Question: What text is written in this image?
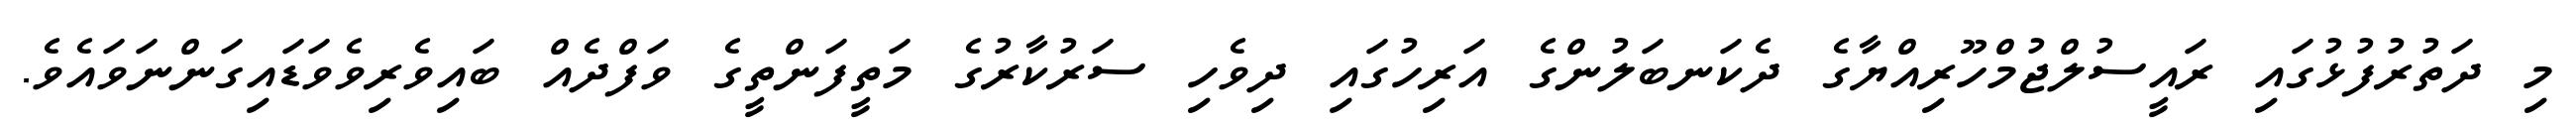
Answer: މި ދަތުރުފުޅުގައި ރައީސުލްޖުމްހޫރިއްޔާގެ ދެކަނބަލުންގެ އަރިހުގައި ދިވެހި ސަރުކާރުގެ މަތީފަންތީގެ ވަފްދެއް ބައިވެރިވެވަޑައިގަންނަވައެވެ.